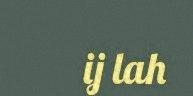
ij lah